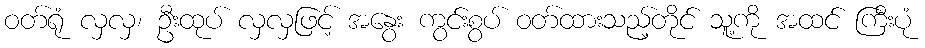
ဝတ်ရုံ လှလှ၊ ဦးထုပ် လှလှဖြင့် အနွေး ကွင်းစွပ် ဝတ်ထားသည့်တိုင် သူ့ကို အထင် ကြီးပုံ